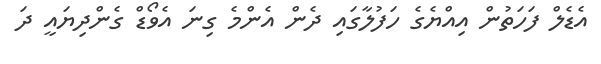
އެޑެލް ފަހަތުން އިއްޔެގެ ހަފުލާގައި ދެން އެންމެ ގިނަ އެވޯޑް ގެންދިޔައީ ދަ